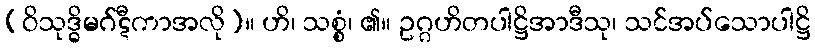
(ဝိသုဒ္ဓိမဂ်ဋီကာအလို)။ ဟိ၊ သစ္စံ၊ ၏။ ဥဂ္ဂဟိတပါဋ္ဌိအာဒီသု၊ သင်အပ်သောပါဋ္ဌိ